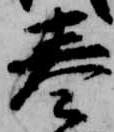
奏